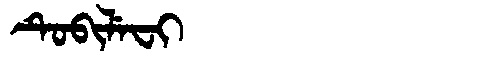
Manchu: ᡨᡠᠪᡳᠯᡝᠸᡳ
Romanization: TUBILEFI